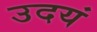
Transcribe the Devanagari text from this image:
उदयं